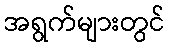
အရွက်များတွင်